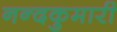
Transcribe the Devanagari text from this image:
नन्दकुमारी